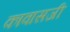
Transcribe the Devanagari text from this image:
कावासजी